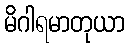
မိဂါရမာတုယာ